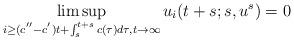
LaTeX: \begin{align*}\limsup_{i\ge (c^{''}-c^{'}) t+\int_s^{t+s} c(\tau) d\tau,t\to\infty}u_i(t+s;s,u^s)=0\end{align*}